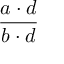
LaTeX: \frac { a \cdot d } { b \cdot d }